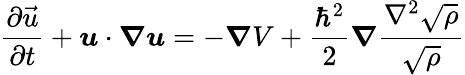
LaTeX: \frac{\partial\vec{u}}{\partial t}+\boldsymbol{u}\cdot\boldsymbol{\nabla}\boldsymbol{u}=-\boldsymbol{\nabla}V+\frac{\hbar^{2}}{2}\boldsymbol{\nabla}\frac{\nabla^{2}\sqrt{\rho}}{\sqrt{\rho}}